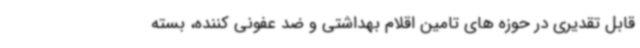
قابل تقدیری در حوزه های تامین اقلام بهداشتی و ضد عفونی کننده، بسته